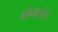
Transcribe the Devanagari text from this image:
ऑक्लंड